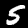
Digit: 5